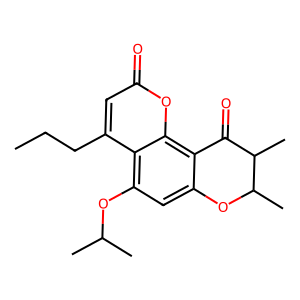
SMILES: CCCc1cc(=O)oc2c3c(cc(OC(C)C)c12)OC(C)C(C)C3=O
Inhibits HIV replication: Yes